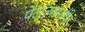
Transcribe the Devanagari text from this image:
पेटाऱ्यामध्ये